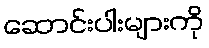
ဆောင်းပါးများကို